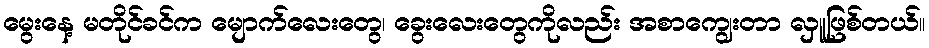
မွေးနေ့ မတိုင်ခင်က မျောက်လေးတွေ၊ ခွေးလေးတွေကိုလည်း အစာကျွေးတာ လှူဖြစ်တယ်။